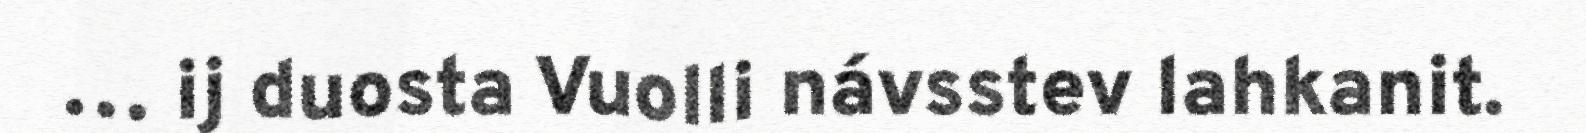
… ij duosta Vuolli návsstev lahkanit.